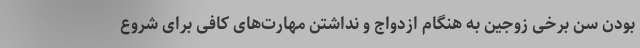
بودن سن برخی زوجین به هنگام ازدواج و نداشتن مهارت‌های کافی برای شروع